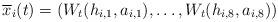
LaTeX: \begin{align*}\overline x_{i}(t)=(W_t(h_{i,1},a_{i,1}),\dots,W_t(h_{i,8},a_{i,8}))\end{align*}